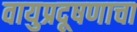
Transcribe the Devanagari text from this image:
वायुप्रदूषणाचा